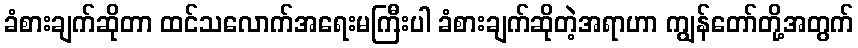
ခံစားချက်ဆိုတာ ထင်သလောက်အရေးမကြီးပါ ခံစားချက်ဆိုတဲ့အရာဟာ ကျွန်တော်တို့အတွက်